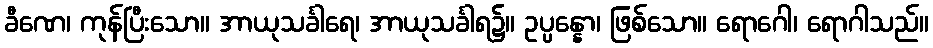
ခီဏေ၊ ကုန်ပြီးသော။ အာယုသင်္ခါရေ၊ အာယုသင်္ခါရ၌။ ဥပ္ပန္နော၊ ဖြစ်သော။ ရောဂေါ၊ ရောဂါသည်။